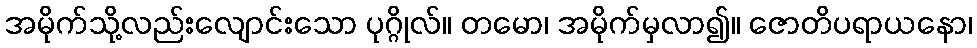
အမိုက်သို့လည်းလျောင်းသော ပုဂ္ဂိုလ်။ တမော၊ အမိုက်မှလာ၍။ ဇောတိပရာယနော၊